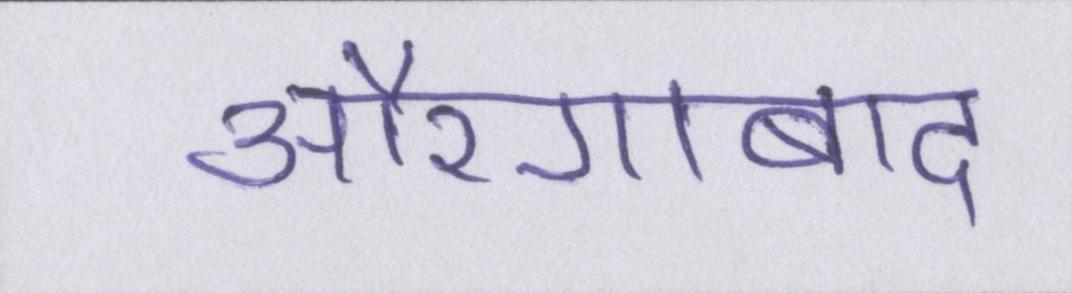
औरंगाबाद